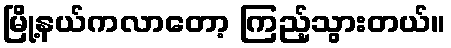
မြို့နယ်ကလာတော့ ကြည့်သွားတယ်။